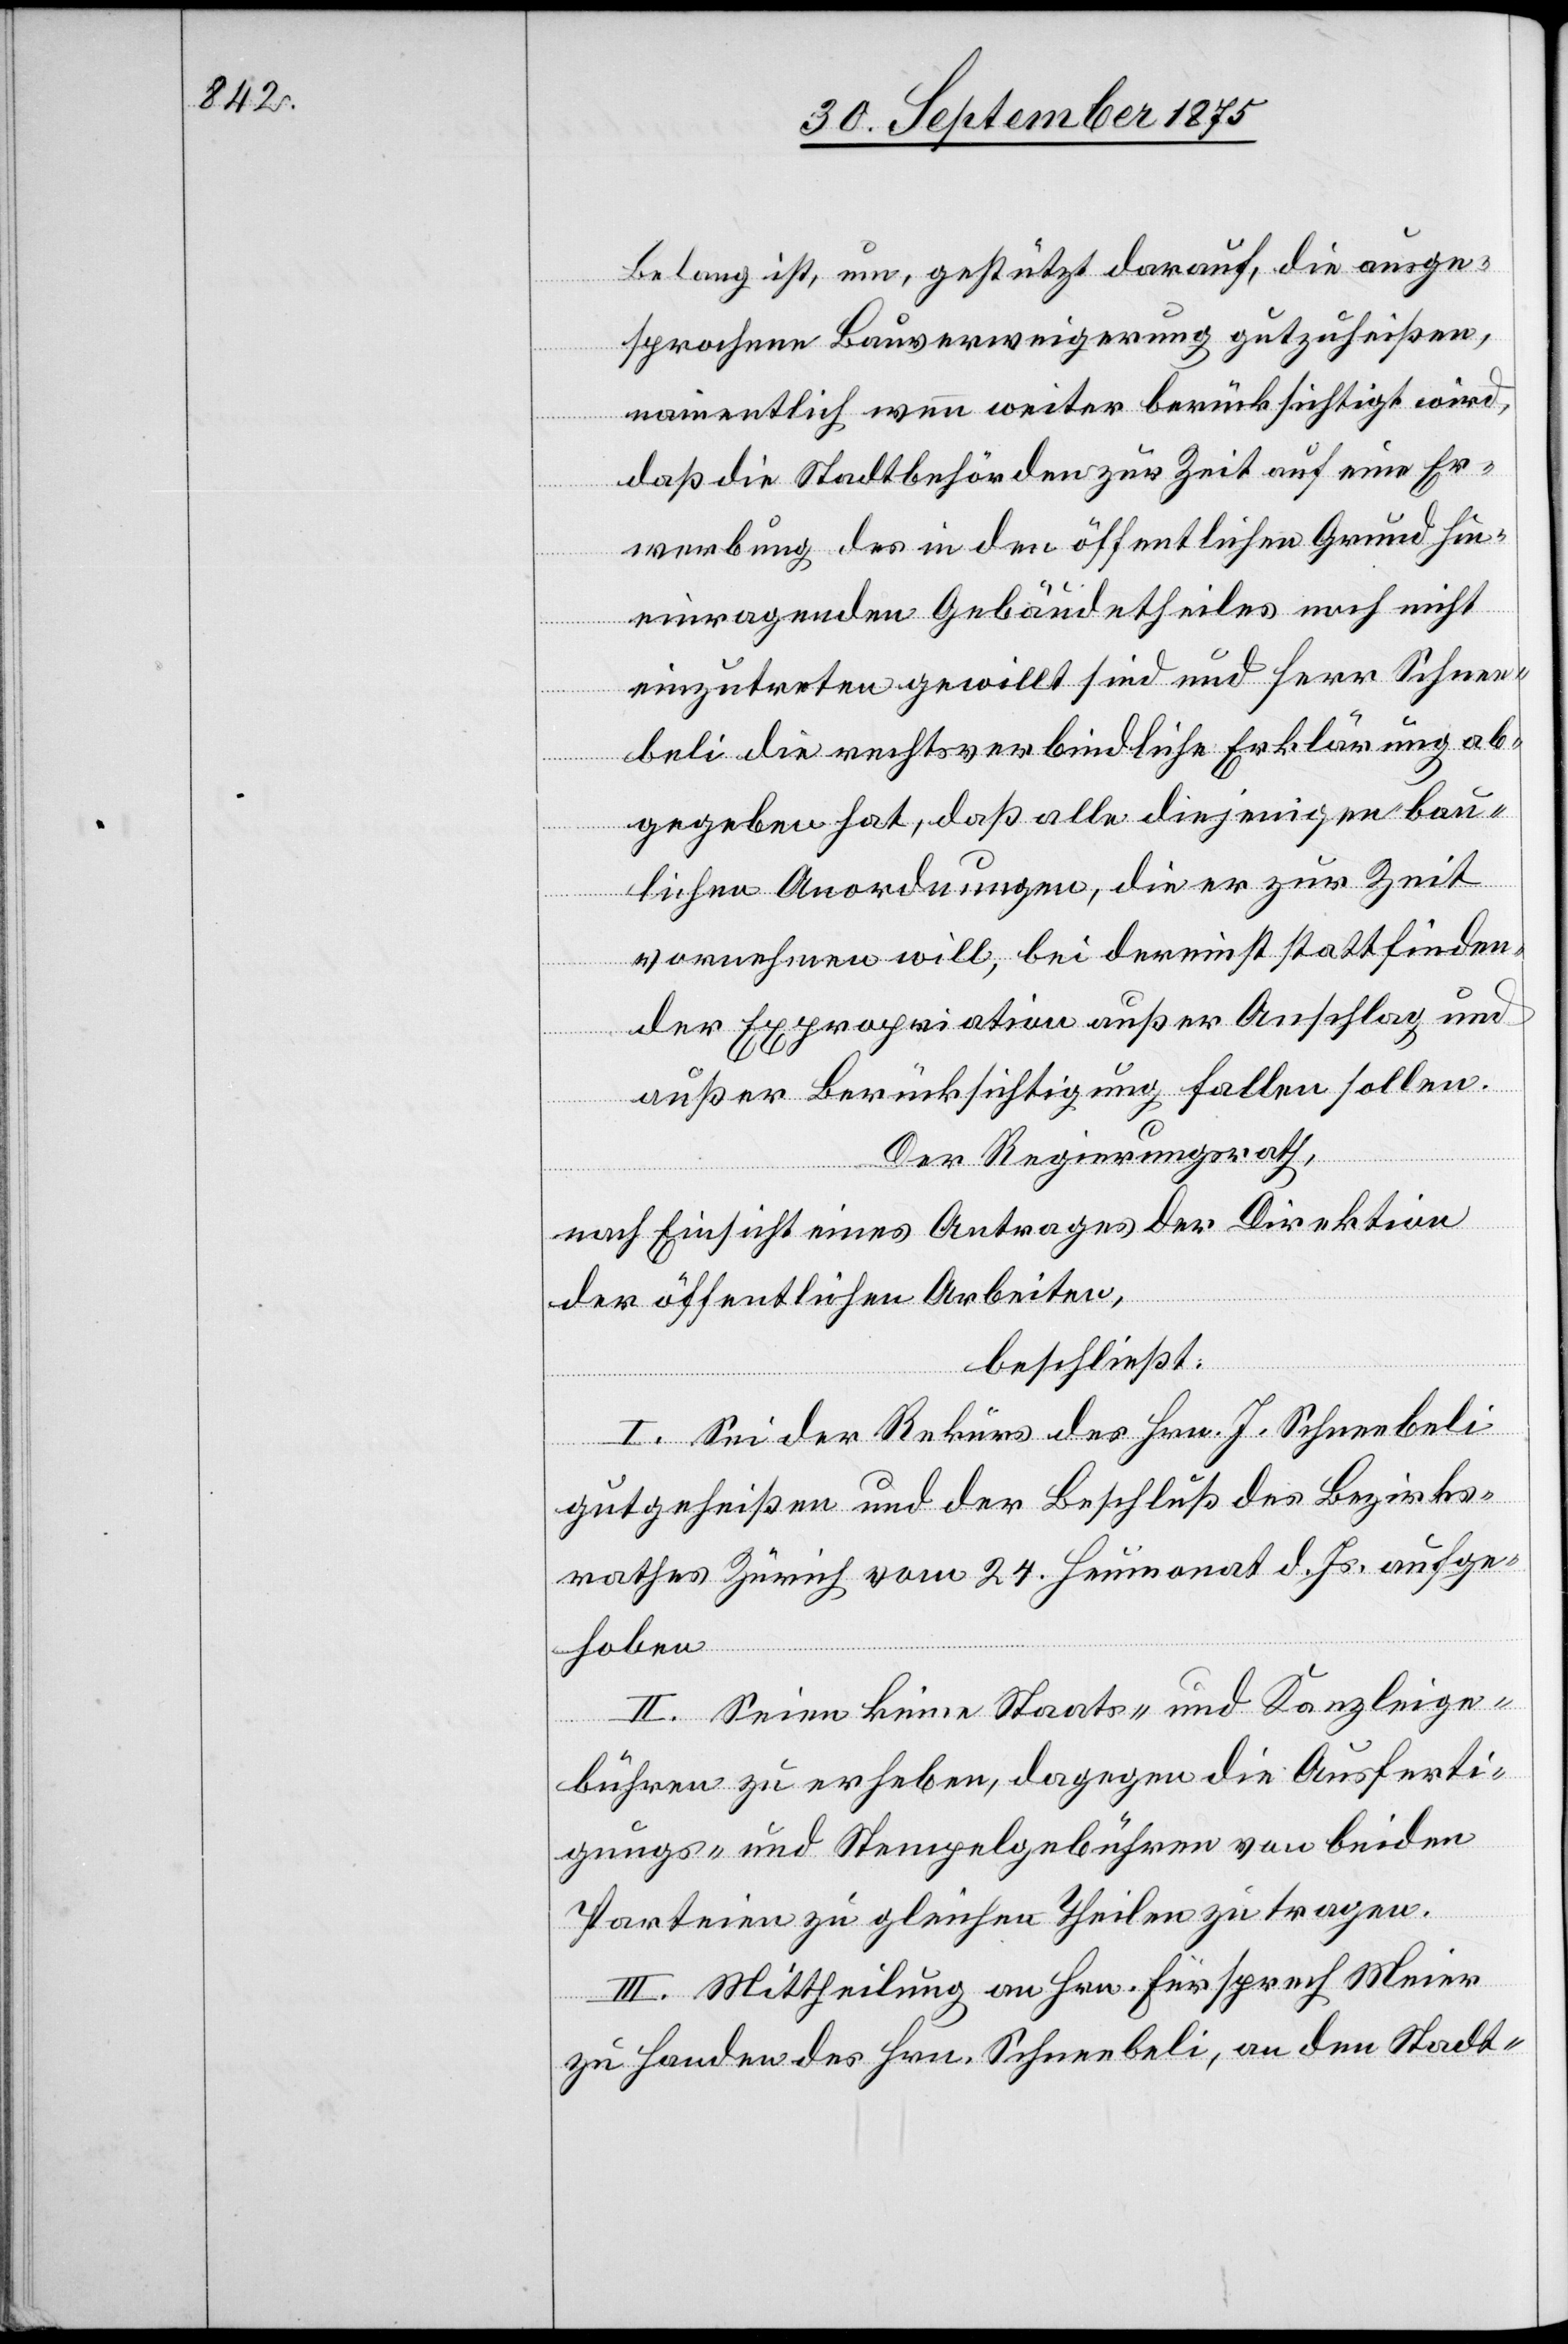
Belang ist, um, gestützt darauf, die ausge¬
sprochene Bauverweigerung gutzuheißen,
namentlich wenn weiter berücksichtigt wird,
daß die Stadtbehörden zur Zeit auf eine Er¬
werbung des in den öffentlichen Grund hin¬
einragenden Gebäudetheiles noch nicht
einzutreten gewillt sind und Herr Schnee¬
beli die rechtsverbindliche Erklärung ab¬
gegeben hat, daß alle diejenigen bau¬
lichen Anordnungen, die er zur Zeit
vornehmen will, bei dereinst stattfinden¬
der Expropriation außer Anschlag und
außer Berücksichtigung fallen sollen.
Der Regierungsrath,
nach Einsicht eines Antrages der Direktion
der öffentlichen Arbeiten,
beschließt:
I. Sei der Rekurs des Hrn. J. Schneebeli
gutgeheißen und der Beschluß des Bezirks¬
rathes Zürich vom 24. Heumonat d. Js. aufge¬
hoben.
II. Seien keine Staats- und Kanzleige¬
bühren zu erheben, dagegen die Ausferti¬
gungs- und Stempelgebühren von beiden
Parteien zu gleichen Theilen zu tragen.
III. Mittheilung an Hrn. Fürsprech Meier
zu Handen des Hrn. Schneebeli, an den Stadt-